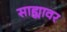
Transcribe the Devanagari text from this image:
साह्यावर